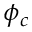
\phi _ { c }